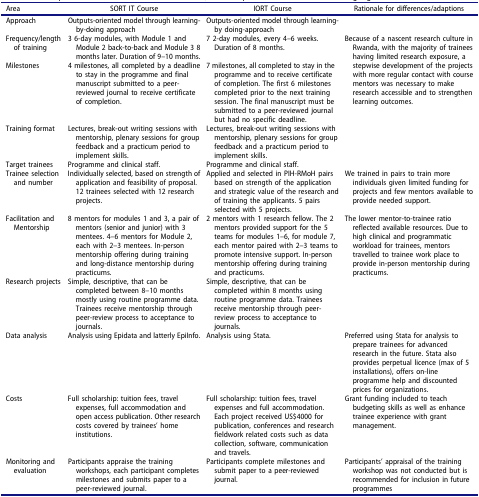
<table><thead><tr><td><b>Area</b></td><td><b>SORT IT Course</b></td><td><b>IORT Course</b></td><td><b>Rationale for differences/adaptions</b></td></tr></thead><tbody><tr><td>Approach</td><td>Outputs-oriented model through learning-by-doing approach</td><td>Outputs-oriented model through learning-by doing-approach</td><td> </td></tr><tr><td>Frequency/length of training</td><td>3 6-day modules, with Module 1 and Module 2 back-to-back and Module 3 8 months later. Duration of 9–10 months.</td><td>7 2-day modules, every 4–6 weeks. Duration of 8 months.</td><td rowspan="2">Because of a nascent research culture in Rwanda, with the majority of trainees having limited research exposure, a stepwise development of the projects with more regular contact with course mentors was necessary to make research accessible and to strengthen learning outcomes.</td></tr><tr><td>Milestones</td><td>4 milestones, all completed by a deadline to stay in the programme and final manuscript submitted to a peer-reviewed journal to receive certificate of completion.</td><td>7 milestones, all completed to stay in the programme and to receive certificate of completion. The first 6 milestones completed prior to the next training session. The final manuscript must be submitted to a peer-reviewed journal but had no specific deadline.</td></tr><tr><td>Training format</td><td>Lectures, break-out writing sessions with mentorship, plenary sessions for group feedback and a practicum period to implement skills.</td><td>Lectures, break-out writing sessions with mentorship, plenary sessions for group feedback and a practicum period to implement skills.</td><td> </td></tr><tr><td>Target trainees</td><td>Programme and clinical staff.</td><td>Programme and clinical staff.</td><td> </td></tr><tr><td>Trainee selection and number</td><td>Individually selected, based on strength of application and feasibility of proposal. 12 trainees selected with 12 research projects.</td><td>Applied and selected in PIH-RMoH pairs based on strength of the application and strategic value of the research and of training the applicants. 5 pairs selected with 5 projects.</td><td>We trained in pairs to train more individuals given limited funding for projects and few mentors available to provide needed support.</td></tr><tr><td>Facilitation and Mentorship</td><td>8 mentors for modules 1 and 3, a pair of mentors (senior and junior) with 3 mentees. 4–6 mentors for Module 2, each with 2–3 mentees. In-person mentorship offering during training and long-distance mentorship during practicums.</td><td>2 mentors with 1 research fellow. The 2 mentors provided support for the 5 teams for modules 1–6, for module 7, each mentor paired with 2–3 teams to promote intensive support. In-person mentorship offering during training and practicums.</td><td>The lower mentor-to-trainee ratio reflected available resources. Due to high clinical and programmatic workload for trainees, mentors travelled to trainee work place to provide in-person mentorship during practicums.</td></tr><tr><td>Research projects</td><td>Simple, descriptive, that can be completed between 8–10 months mostly using routine programme data. Trainees receive mentorship through peer-review process to acceptance to journals.</td><td>Simple, descriptive, that can be completed within 8 months using routine programme data. Trainees receive mentorship through peer-review process to acceptance to journals.</td><td> </td></tr><tr><td>Data analysis</td><td>Analysis using Epidata and latterly EpiInfo.</td><td>Analysis using Stata.</td><td>Preferred using Stata for analysis to prepare trainees for advanced research in the future. Stata also provides perpetual licence (max of 5 installations), offers on-line programme help and discounted prices for organizations.</td></tr><tr><td>Costs</td><td>Full scholarship: tuition fees, travel expenses, full accommodation and open access publication. Other research costs covered by trainees’ home institutions.</td><td>Full scholarship: tuition fees, travel expenses and full accommodation. Each project received US$4000 for publication, conferences and research fieldwork related costs such as data collection, software, communication and travels.</td><td>Grant funding included to teach budgeting skills as well as enhance trainee experience with grant management.</td></tr><tr><td>Monitoring and evaluation</td><td>Participants appraise the training workshops, each participant completes milestones and submits paper to a peer-reviewed journal.</td><td>Participants complete milestones and submit paper to a peer-reviewed journal.</td><td>Participants’ appraisal of the training workshop was not conducted but is recommended for inclusion in future programmes</td></tr></tbody></table>